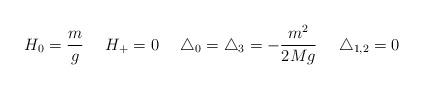
LaTeX: \begin{align*} H_{0} = \frac{m}{g} \ \ \ \ H_{+} = 0 \ \ \ \ \triangle_{0} = \triangle_{3} = - \frac{m^{2}}{2Mg} \ \ \ \ \triangle_{1,2} = 0\end{align*}